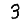
Digit: 3